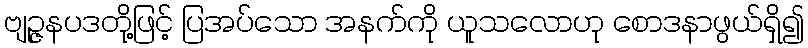
ဗျဉ္ဇနပဒတို့ဖြင့် ပြအပ်သော အနက်ကို ယူသလောဟု စောဒနာဖွယ်ရှိ၍